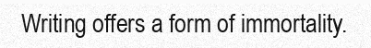
Writing offers a form of immortality.